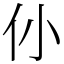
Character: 仦